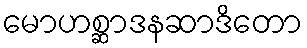
မောဟစ္ဆာဒနဆာဒိတော